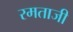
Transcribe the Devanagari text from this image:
रमताजी